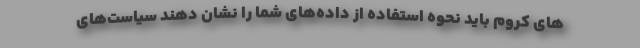
های کروم باید نحوه استفاده از داده‌های شما را نشان دهند سیاست‌های